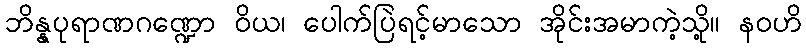
ဘိန္နပုရာဏဂဏ္ဍော ဝိယ၊ ပေါက်ပြဲရင့်မာသော အိုင်းအမာကဲ့သို့။ နဝဟိ